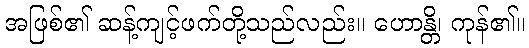
အဖြစ်၏ ဆန့်ကျင့်ဖက်တို့သည်လည်း။ ဟောန္တိ၊ ကုန်၏။